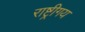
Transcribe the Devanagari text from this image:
राष्ट्रीगय